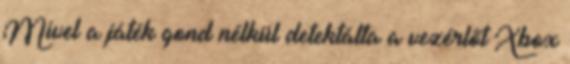
Mivel a játék gond nélkül detektálta a vezérlőt Xbox